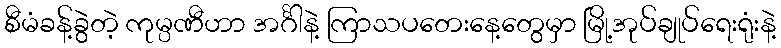
စီမံခန့်ခွဲတဲ့ ကုမ္ပဏီဟာ အင်္ဂါနဲ့ ကြာသပတေးနေ့တွေမှာ မြို့အုပ်ချုပ်ရေးရုံးနဲ့